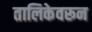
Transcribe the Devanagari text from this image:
तालिकेवरून